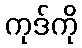
ကုဒ်ကို